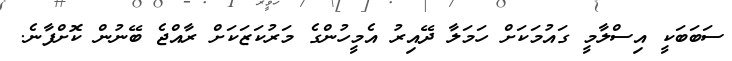
ސަބަބަކީ އިސްލާމީ ގައުމަކަށް ހަމަލާ ދޭއިރު އެމީހުންގެ މަރުކަޒަކަށް ރާއްޖެ ބޭނުން ކޮށްފާނެ.